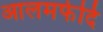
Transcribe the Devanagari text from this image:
आलमफेदि